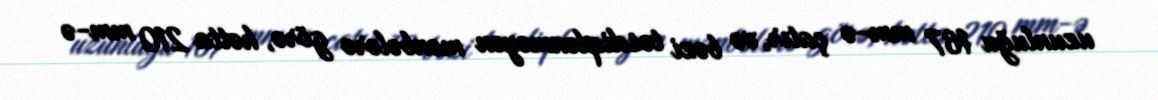
uzunluğu 167 mm-ə çatır, və bəzi təsdiqlənməyən mənbələrə görə, hətta 210 mm-ə